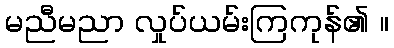
မညီမညာ လှုပ်ယမ်းကြကုန်၏ ။